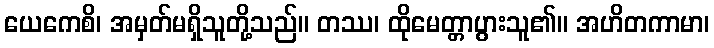
ယေကေစိ၊ အမှတ်မရှိသူတို့သည်။ တဿ၊ ထိုမေတ္တာပွားသူ၏။ အဟိတကာမာ၊